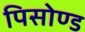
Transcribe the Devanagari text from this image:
पिसोण्ड